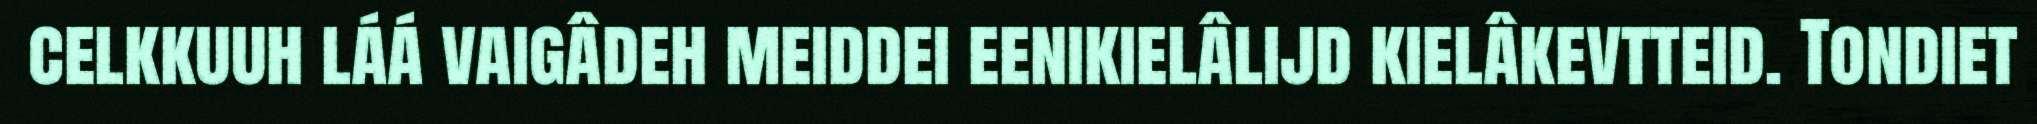
celkkuuh láá vaigâdeh meiddei eenikielâlijd kielâkevtteid. Tondiet